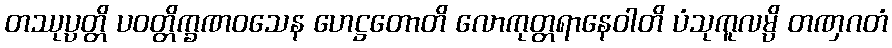
တဿုပ္ပတ္တိ ပဝတ္တိက္ခဏဝသေန ဟေဋ္ဌတောတိ လောကုတ္တရာနေဝါတိ ပံသုကူလမ္ပိ တဏှဂတံ